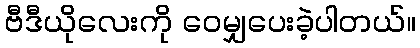
ဗီဒီယိုလေးကို ဝေမျှပေးခဲ့ပါတယ်။